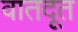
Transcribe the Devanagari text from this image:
वातदूत